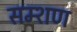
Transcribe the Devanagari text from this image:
सम्शण